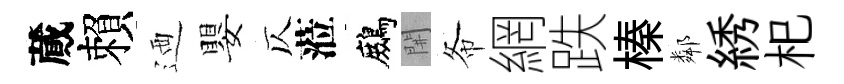
蕆賴迺嬰仄蒞鷓𨳩𢁙網跌榛鄰綉𣏌